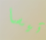
تيسا